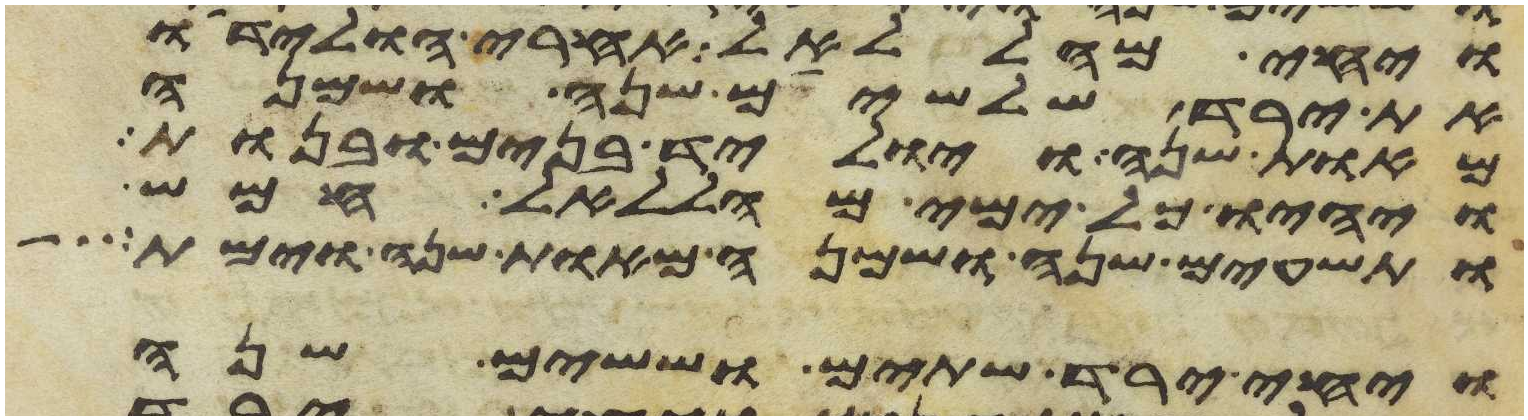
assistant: ויחי מהללאל אחרי הולידו
את ירד שלשים שנה ושמנה
מאות שנה ויוליד בנים ובנות
ויהיו כל ימי מהללאל חמש
ותשעים שנה ושמנה מאות שנה וימת
ויחי ירד שתים וששים שנה